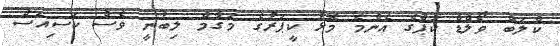
ކްލަބް ވޯލްޑް ކަޕްގެ އެންމެ މޮޅު ކީޕަރުގެ މަގާމް ލިބުނީ ވެސް ކަސިއަސް